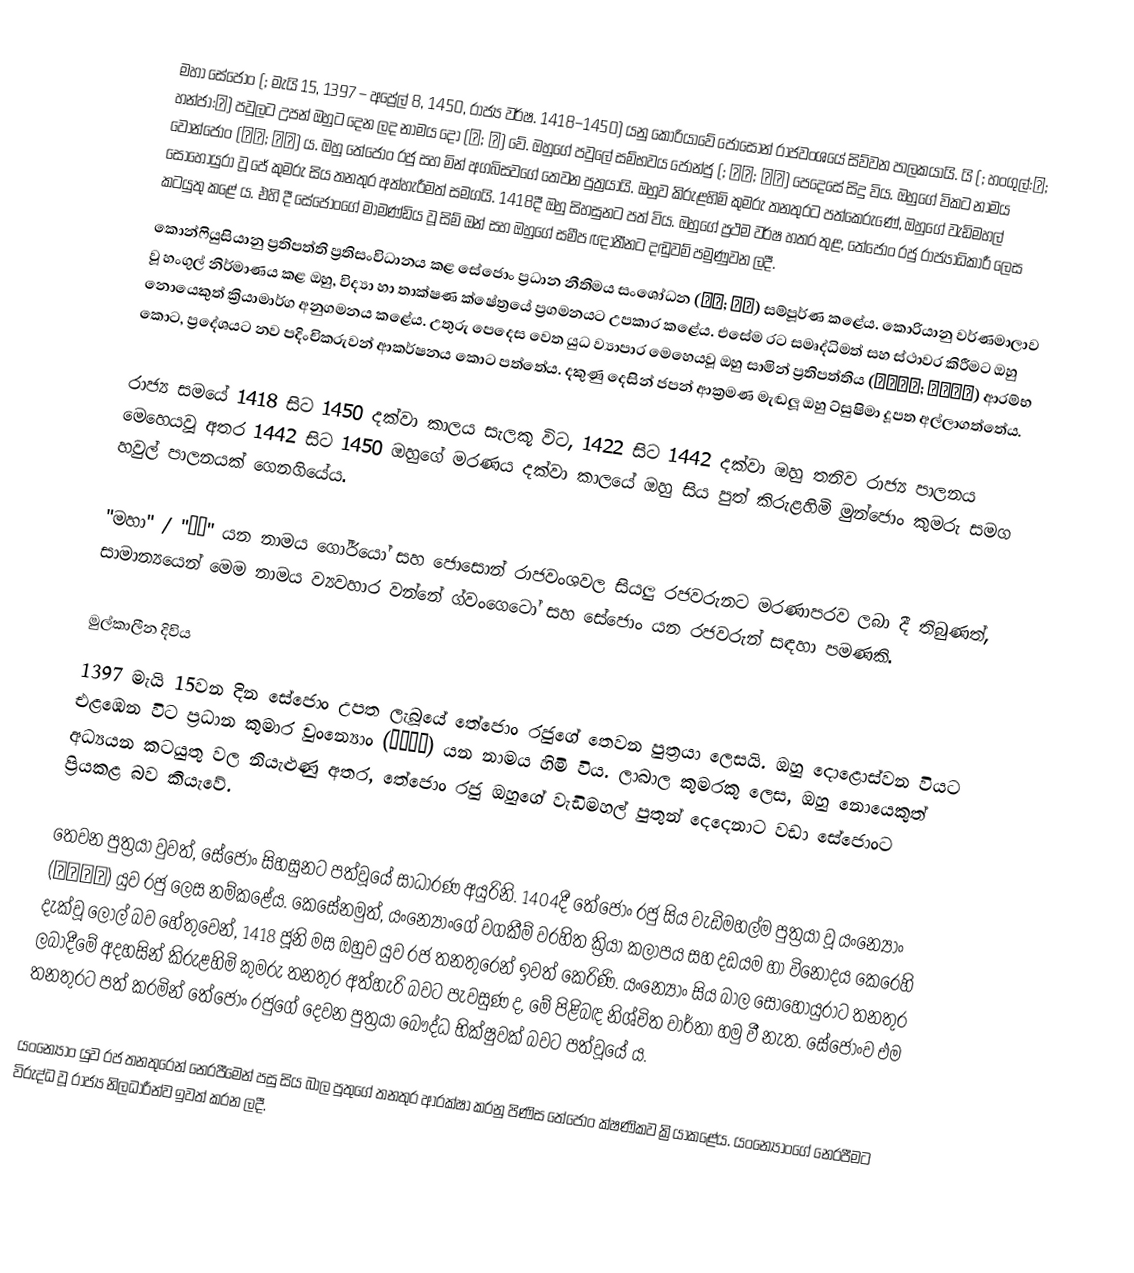
මහා සේජොං  (; මැයි 15, 1397 – අප්‍රේල් 8, 1450, රාජ්‍ය වර්ෂ. 1418–1450) යනු කොරියාවේ ජොසොන් රාජවංශයේ සිව්වන පාලකයායි. යි (; හංගුල්:이; හන්ජා:李) පවුලට උපන් ඔහුට දෙන ලද නාමය දෝ (도; 祹) වේ. ඔහුගේ පවුලේ සම්භවය ජොන්ජු (; 전주; 全州) පෙදෙසේ සිදු විය. ඔහුගේ විකට නාමය වොන්ජොං (원정; 元正) ය. ඔහු තේජොං රජු සහ මින් අගබිසවගේ තෙවන පුත්‍රයායි. ඔහුව කිරුළහිමි කුමරු තනතුරට පත්කෙරුණේ, ඔහුගේ වැඩිමහල් සොහොයුරා වූ ජේ කුමරු සිය තනතුර අත්හැරීමත් සමගයි. 1418දී ඔහු සිහසුනට පත් විය. ඔහුගේ ප්‍රථම වර්ෂ හත‍ර තුළ, තේජොං රජු රාජ්‍යාධිකාරී ලෙස කටයුතු කළේ ය. එහි දී සේජොංගේ මාමණ්ඩිය වූ සිම් ඔන් සහ ඔහුගේ සමීප ඥාතීනට දඬුවම් පමුණුවන ලදී.
කොන්ෆියුසියානු ප්‍රතිපත්ති ප්‍රතිසංවිධානය කළ සේජොං ප්‍රධාන නීතිමය සංශෝධන (공법; 貢法) සම්පූර්ණ කළේය. කොරියානු වර්ණමාලාව වූ හංගුල් නිර්මාණය කළ ඔහු, විද්‍යා හා තාක්ෂණ ක්ෂේත්‍රයේ ප්‍රගමනයට උපකාර කළේය. එසේම රට සමෘද්ධිමත් සහ ස්ථාවර කිරීමට ඔහු නොයෙකුත් ක්‍රියාමාර්ග අනුගමනය කළේය. උතුරු පෙදෙස වෙත යුධ ව්‍යාපාර මෙහෙයවූ ඔහු සාමින් ප්‍රතිපත්තිය (사민정책; 徙民政策) ආරම්භ කොට, ප්‍රදේශයට නව පදිංචිකරුවන් ආකර්ෂනය කොට පත්තේය. දකුණු දෙසින් ජපන් ආක්‍රමණ මැඬලූ ඔහු ට්සුෂිමා දූපත අල්ලාගත්තේය.

රාජ්‍ය සමයේ 1418 සිට 1450 දක්වා කාලය සැලකූ විට, 1422 සිට 1442 දක්වා ඔහු තනිව රාජ්‍ය පාලනය මෙහෙයවූ අතර 1442 සිට 1450 ඔහුගේ මරණය දක්වා කාලයේ ඔහු සිය පුත් කිරුළහිමි මුන්ජොං කුමරු සමග හවුල් පාලනයක් ගෙනගියේය.

"මහා" / "大王" යන නාමය ගෝර්යෝ සහ ජොසොන් රාජවංශවල සියලු රජවරුනට මරණාපරව ලබා දී තිබුණත්, සාමාන්‍යයෙන් මෙම නාමය ව්‍යවහාර වන්නේ ග්වංගෙටෝ සහ සේජොං යන රජවරුන් සඳහා පමණකි.

මුල්කාලීන දිවිය
1397 මැයි 15වන දින සේජොං උපත ලැබූයේ තේජොං රජුගේ තෙවන පුත්‍රයා ලෙසයි. ඔහු දොළොස්වන වියට එළඹෙන විට ප්‍රධාන කුමාර චුංන්‍යොං (충녕대군) යන නාමය හිමි විය. ලාබාල කුමරකු ලෙස, ඔහු නොයෙකුත් අධ්‍යයන කටයුතු වල නියැළුණු අතර, තේජොං රජු ඔහුගේ වැඩිමහල් පුතුන් දෙදෙනාට වඩා සේජොංට ප්‍රියකළ බව කියැවේ.

තෙවන පුත්‍රයා වුවත්, සේජොං සිහසුනට පත්වූයේ සාධාරණ අයුරිනි. 1404දී තේජොං රජු සිය වැඩිමහල්ම පුත්‍රයා වූ යංන්‍යොං (양녕대군) යුව රජු ලෙස නම්කළේය. කෙසේනමුත්, යංන්‍යොංගේ වගකීම් වරහිත ක්‍රියා කලාපය සහ දඩයම හා විනෝදය කෙරෙහි දැක්වූ ලොල් බව හේතුවෙන්, 1418 ජූනි මස ඔහුව යුව රජ තනතුරෙන් ඉවත් කෙරිණි. යංන්‍යොං සිය බාල සොහොයුරාට තනතුර ලබාදීමේ අදහසින් කිරුළහිමි කුමරු තනතුර අත්හැරි බවට පැවසුණ ද, මේ පිළිබඳ නිශ්චිත වාර්තා හමු වී නැත. සේජොංව එම තනතුරට පත් කරමින් තේජොං රජුගේ දෙවන පුත්‍රයා බෞද්ධ භික්ෂුවක් බවට පත්වූයේ ය.

යංන්‍යොං යුව රජ තනතුරෙන් නෙරපීමෙන් පසු සිය බාල පුතුගේ තනතුර ආරක්ෂා කරනු පිණිස තේජොං ක්ෂණිකව ක්‍රියාකළේය. යංන්‍යොංගේ නෙරපීමට විරුද්ධ වූ රාජ්‍ය නිලධාරීන්ව ඉවත් කරන ලදී.